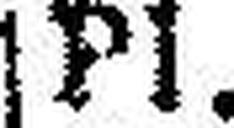
PI.